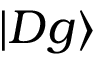
| D g \rangle